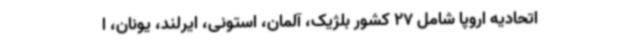
اتحادیه اروپا شامل 27 کشور بلژیک، آلمان، استونی، ایرلند، یونان، ا